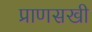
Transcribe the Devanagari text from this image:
प्राणसखी